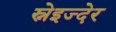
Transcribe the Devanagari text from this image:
स्नेइज्देर